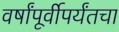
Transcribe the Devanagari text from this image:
वर्षांपूर्वीपर्यंतचा